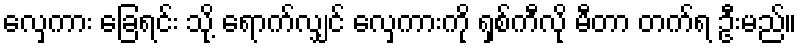
လှေကား ခြေရင်း သို့ ရောက်လျှင် လှေကားကို ရှစ်ကီလို မီတာ တက်ရ ဦးမည်။